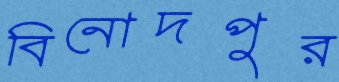
বিনোদপুর